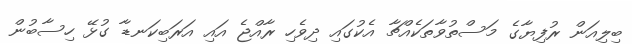
ބިލިއަން ރުފިޔާގެ މަސްތުވާތަކެއްޗާ އެކުގައި ދިވެހި ރާއްޖެ އައި އަރަބިކަނޑާ ގުޅޭ ހިސާބުން